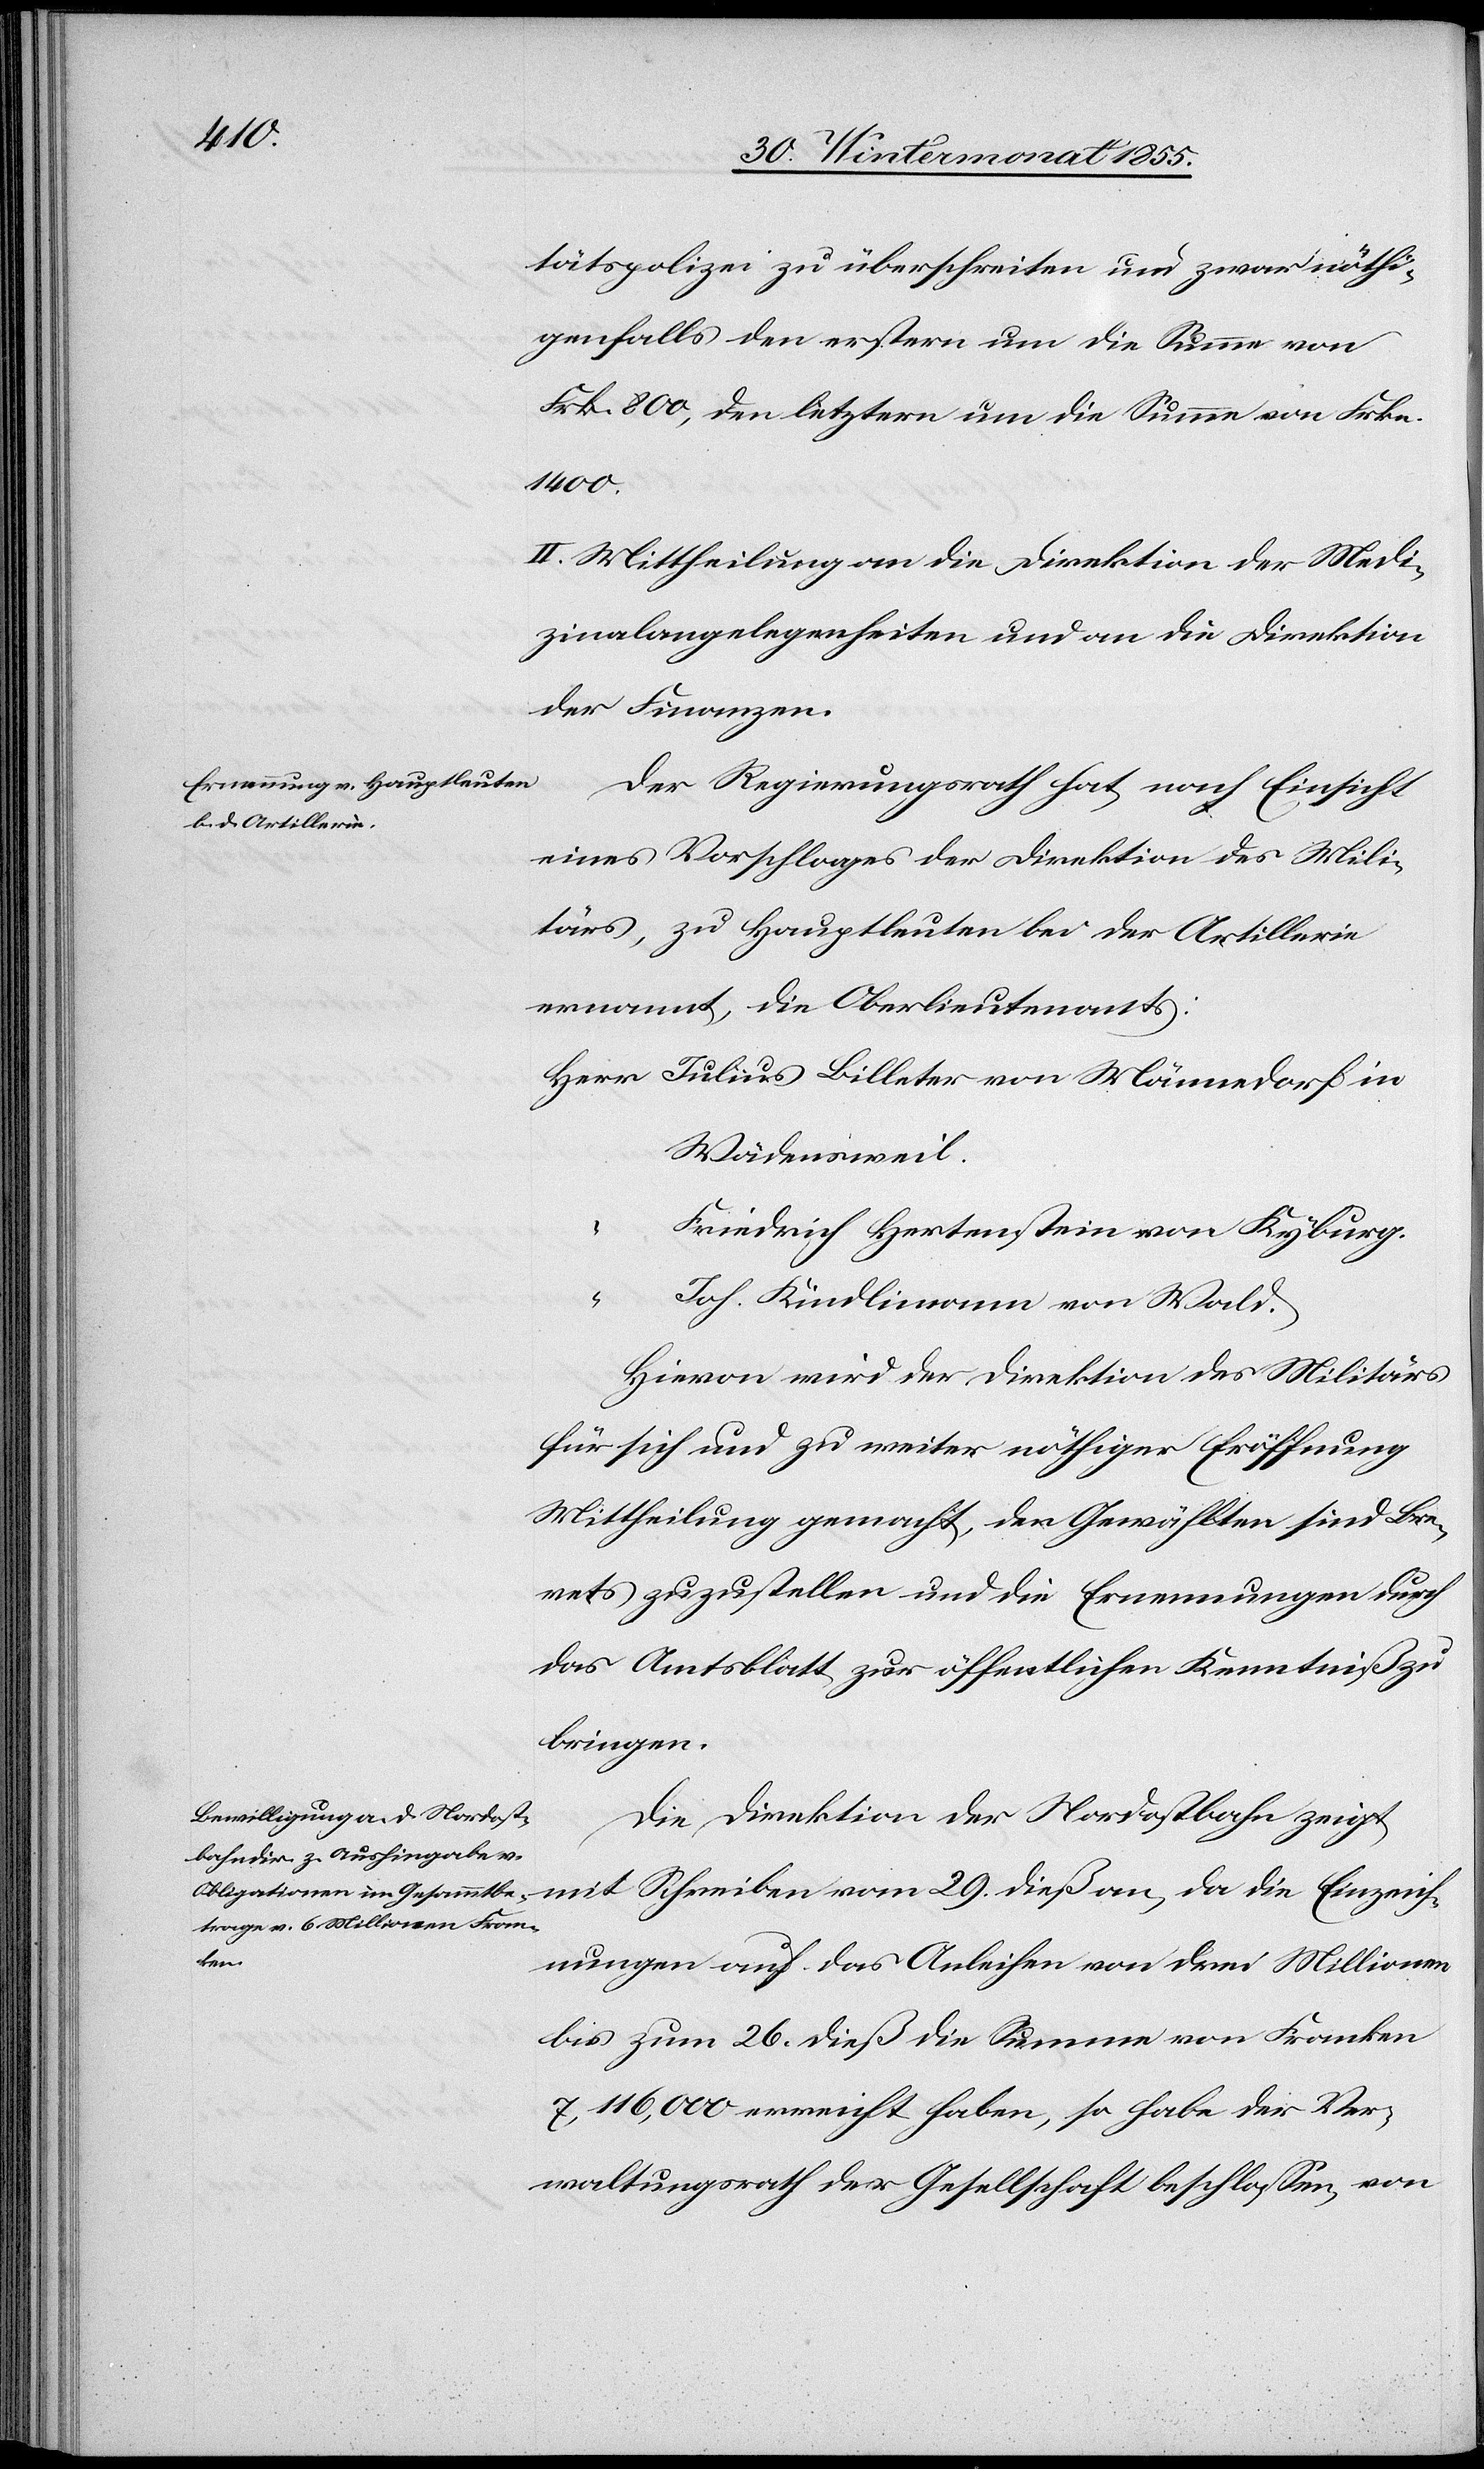
tätspolizei zu überschreiten und zwar nöthi¬
genfalls den erstern um die Summe von
Frk. 800, den letztern um die Summe von Frkn.
1400.
II. Mittheilung an die Direktion der Medi¬
zinalangelegenheiten und an die Direktion
der Finanzen.
Der Regierungsrath hat, nach Einsicht
eines Vorschlages der Direktion des Mili¬
tärs, zu Hauptleuten bei der Artillerie
ernannt, die Oberlieutenants:
Herr Julius Billeter von Männedorf in
Wädensweil.
Friedrich Hertenstein von Kyburg.
“
Joh. Kindlimann von Wald.
Hievon wird der Direktion des Militärs
für sich und zu weiter nöthiger Eröffnung
Mittheilung gemacht, den Gewählten sind Bre¬
vets zuzustellen und die Ernennungen durch
das Amtsblatt zur öffentlichen Kenntniß zu
bringen.
Die Direktion der Nordostbahn zeigt
eich¬
nungen auf das Anleihen von drei Millionen
bis zum 26. dieß die Summe von Franken
7,116,000 erreicht haben, so habe der Ver¬
waltungsrath der Gesellschaft beschlossen, von